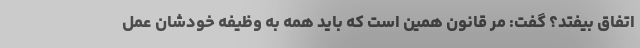
اتفاق بیفتد؟ گفت: مر قانون همین است که باید همه به وظیفه خودشان عمل